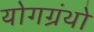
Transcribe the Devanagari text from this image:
योगग्रंथो